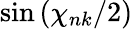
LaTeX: \sin{(\chi_{nk}/2)}